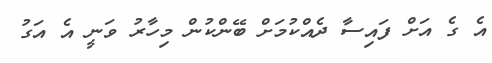
އެ ގެ އަށް ފައިސާ ދެއްކުމަށް ބޭންކުން މިހާރު ވަނީ އެ އަގު